Civil Veterinary Dept. Bombay admin report 1907-1913 - 1907-1913
Year: 1907
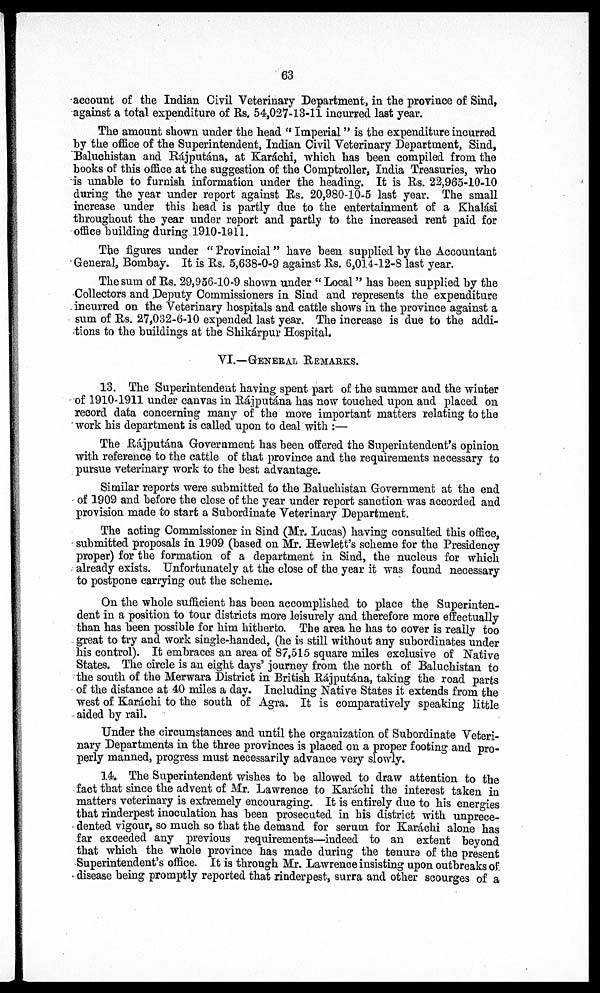
63
account of the Indian Civil Veterinary Department, in the province of Sind,
against a total expenditure of Rs. 54,027-13-11 incurred last year.
The amount shown under the head " Imperial" is the expenditure incurred
by the office of the Superintendent, Indian Civil Veterinary Department, Sind,
Baluchistan and Rájputána, at Karáchi, which has been compiled from the
books of this office at the suggestion of the Comptroller, India Treasuries, who
is unable to furnish information under the heading. It is Rs. 22,965-10-10
during the year under report against Rs. 20,980-10-5 last year. The small
increase under this head is partly due to the entertainment of a Khalási
throughout the year under report and partly to the increased rent paid for
office building during 1910-1911.
The figures under " Provincial" have been supplied by the Accountant
General, Bombay. It is Rs. 5,638-0-9 against Rs. 6,014-12-8 last year.
The sum of Rs. 29,956-10-9 shown under " Local" has been supplied by the
Collectors and Deputy Commissioners in Sind and represents the expenditure
incurred on the Veterinary hospitals and cattle shows in the province against a
sum of Rs. 27,032-6-10 expended last year. The increase is due to the addi-
tions to the buildings at the Shikárpur Hospital.
VI.—GENERAL REMARKS.
13. The Superintendent having spent part of the summer and the winter
of 1910-1911 under canvas in Rájputána has now touched upon and placed on
record data concerning many of the more important matters relating to the
work his department is called upon to deal with :—
The Rájputána Government has been offered the Superintendent's opinion
with reference to the cattle of that province and the requirements necessary to
pursue veterinary work to the best advantage.
Similar reports were submitted to the Baluchistan Government at the end
of 1909 and before the close of the year under report sanction was accorded and
provision made to start a Subordinate Veterinary Department.
The acting Commissioner in Sind (Mr. Lucas) having consulted this office,
submitted proposals in 1909 (based on Mr. Hewlett's scheme for the Presidency
proper) for the formation of a department in Sind, the nucleus for which
already exists. Unfortunately at the close of the year it was found necessary
to postpone carrying out the scheme.
On the whole sufficient has been accomplished to place the Superinten-
dent in a position to tour districts more leisurely and therefore more effectually
than has been possible for him hitherto. The area he has to cover is really too
great to try and work single-handed, (he is still without any subordinates under
his control). It embraces an area of 87,515 square miles exclusive of Native
States. The circle is an eight days' journey from the north of Baluchistan to
the south of the Merwara District in British Rájputána, taking the road parts
of the distance at 40 miles a day. Including Native States it extends from the
west of Karachi to the south of Agra. It is comparatively speaking little
aided by rail.
Under the circumstances and until the organization of Subordinate Veteri-
nary Departments in the three provinces is placed on a proper footing and pro-
perly manned, progress must necessarily advance very slowly.
14. The Superintendent wishes to be allowed to draw attention to the
fact that since the advent of Mr. Lawrence to Karachi the interest taken in
matters veterinary is extremely encouraging. It is entirely due to his energies
that rinderpest inoculation has been prosecuted in his district with unprece-
dented vigour, so much so that the demand for serum for Karáchi alone has
far exceeded any previous requirements—indeed to an extent beyond
that which the whole province has made during the tenure of the present
Superintendent's office. It is through Mr. Lawrence insisting upon outbreaks of.
disease being promptly reported that rinderpest, surra and other scourges of a